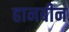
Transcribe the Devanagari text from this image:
हानबीन